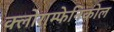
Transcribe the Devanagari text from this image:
क्लोराम्फेनिकोल